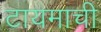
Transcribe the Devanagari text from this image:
टायमाची